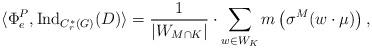
LaTeX: \begin{align*}\langle \Phi^P_{e}, \operatorname{Ind}_{C^*_r(G)}(D)\rangle = \frac{1}{|W_{M \cap K}|} \cdot \sum_{w \in W_K} m\left(\sigma^{M}(w \cdot \mu)\right),\end{align*}